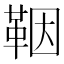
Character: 鞇